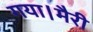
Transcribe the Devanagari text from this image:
गया।मैरी